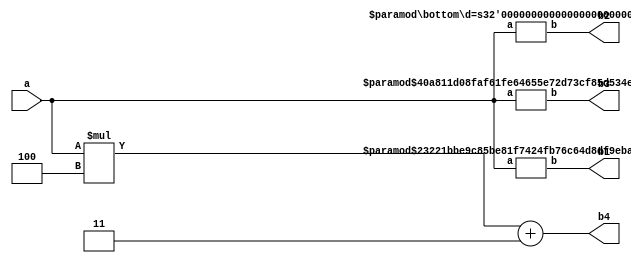
module top(a, b1, b2, b3, b4);
parameter width = 4;
input[width - 1:0] a;
output[width + 1:0] b1, b2, b3, b4;
assign b4 = (a * 4) + 3;

defparam inst_2.d = 3;
bottom inst_2(.a(a), .b(b2));
defparam inst_2.d = 4;

bottom #(4) inst_1(.a(a), .b(b1));
defparam inst_1.d = 3;

bottom #(4, 4) inst_3(.a(a), .b(b3));
endmodule

module bottom(a, b);
parameter c = 4;
parameter d = 3;
input[3:0] a;
output[5:0] b;
assign b = (a * c) + d;
endmodule